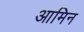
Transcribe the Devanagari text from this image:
आमिन